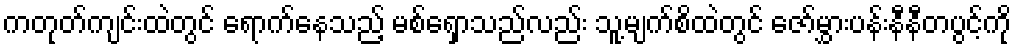
ကတုတ်ကျင်းထဲတွင် ရောက်နေသည့် မစ်ရှောသည်လည်း သူ့မျက်စိထဲတွင် ဇော်မွှားပန်းနီနီတပွင့်ကို